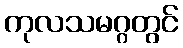
ကုလသမဂ္ဂတွင်